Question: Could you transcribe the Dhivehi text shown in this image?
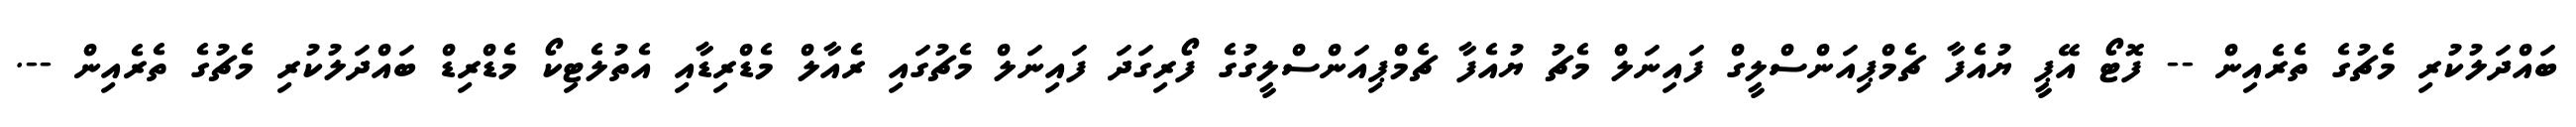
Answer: ބައްދަލުކުރި މެޗުގެ ތެރެއިން -- ފޮޓޯ އޭޕީ ޔުއެފާ ޗެމްޕިއަންސްލީގް ފައިނަލް މެޗު ޔުއެފާ ޗެމްޕިއަންސްލީގުގެ ފޯރިގަދަ ފައިނަލް މެޗުގައި ރެއާލް މެޑްރިޑާއި އެތުލެޓިކޯ މެޑްރިޑް ބައްދަލުކުރި މެޗުގެ ތެރެއިން --.